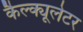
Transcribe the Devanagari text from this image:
कैल्क्यूलेटर